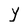
Character: y